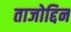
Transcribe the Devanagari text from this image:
ताजोद्दिन